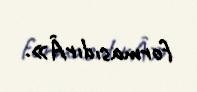
formasıdırÂ».